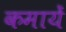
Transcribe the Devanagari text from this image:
कमायें